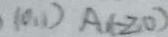
( 0 , 1 ) A ( - 2 , 0 )